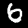
Label: 6